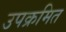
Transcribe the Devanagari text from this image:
उपक्रमित